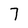
Character: 7